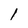
Character: l